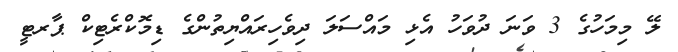
ލޭ މިމަހުގެ 3 ވަނަ ދުވަހު އެޅި މައްސަލަ ދިވެހިރައްޔިތުންގެ ޑިމޮކްރެޓިކް ޕާރޓީ